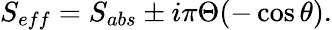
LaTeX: S_{eff}=S_{abs}\pm i\pi\Theta(-\cos\theta).